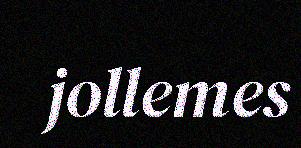
jollemes